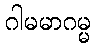
ဂါမမာဂမ္မ